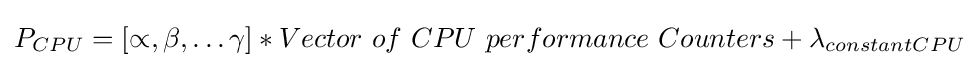
{{P}_{CPU}}=\left[\propto ,\beta ,\ldots \gamma \right]*Vector{\text{ }}of{\text{ }}CPU{\text{ }}performance{\text{ }}Counters+{{\lambda }_{constantCPU}}